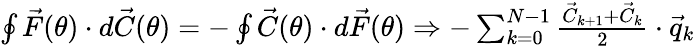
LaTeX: \begin{array}{r}{\oint\vec{F}(\theta)\cdot d\vec{C}(\theta)=-\oint\vec{C}(\theta)\cdot d\vec{F}(\theta)\Rightarrow-\sum_{k=0}^{N-1}\frac{\vec{C}_{k+1}+\vec{C}_{k}}{2}\cdot\vec{q}_{k}}\end{array}